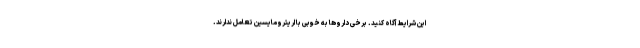
این شرایط آگاه کنید. برخی داروها به خوبی با اریترومایسین تعامل ندارند.